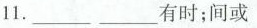
11.__________有时；间或